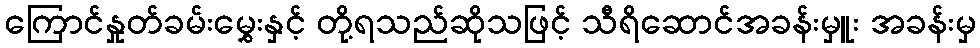
ကြောင်နှုတ်ခမ်းမွှေးနှင့် တို့ရသည်ဆိုသဖြင့် သီရိဆောင်အခန်းမှူး အခန်းမှ